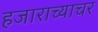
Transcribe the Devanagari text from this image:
हजाराच्याचर